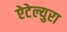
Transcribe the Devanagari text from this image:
ऐटेल्युरा